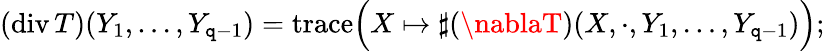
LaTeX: (\operatorname{div}T)(Y_{1},\ldots,Y_{\mathtt{q}-1})={\operatorname{trace}}{\Big(}X\mapsto\sharp(\nablaT)(X,\cdot,Y_{1},\ldots,Y_{\mathtt{q}-1}){\Big)};